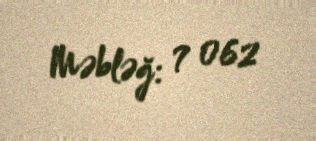
Məbləğ: 7 062